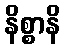
နိစ္စာနိ